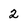
Character: 2